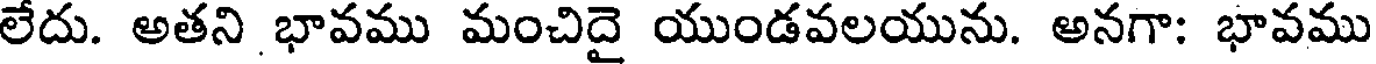
లేదు. అతని భావము మంచిదై యుండవలయును. అనగా: భావము